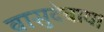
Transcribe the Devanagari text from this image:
वासुदेवाय।